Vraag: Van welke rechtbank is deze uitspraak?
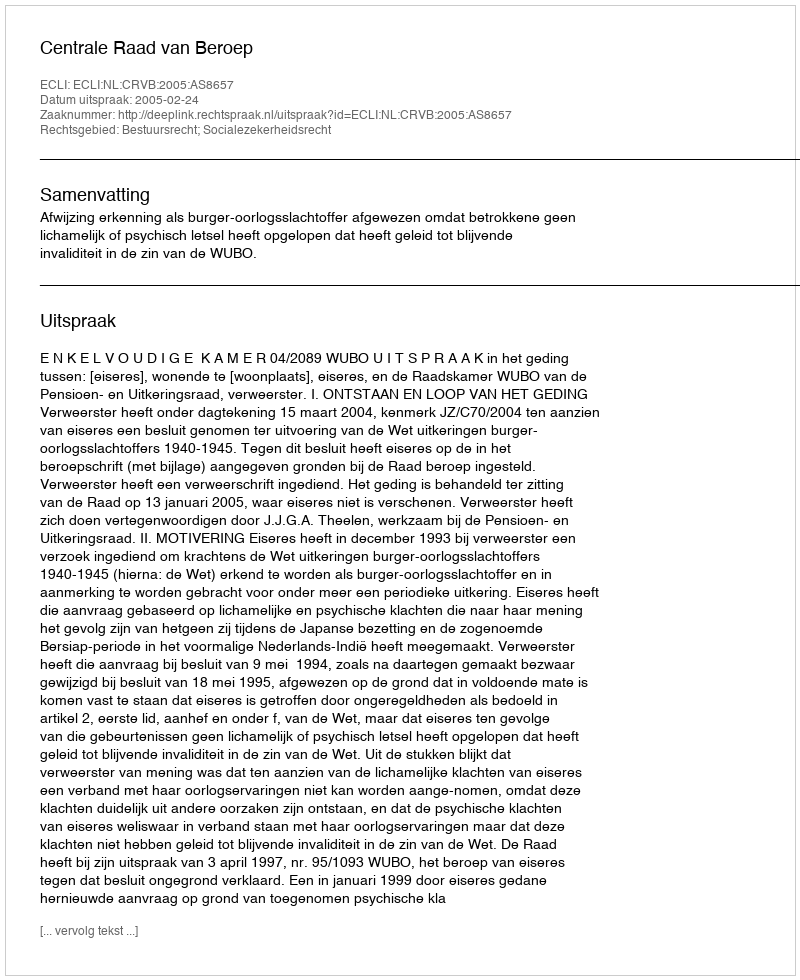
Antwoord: Centrale Raad van Beroep